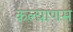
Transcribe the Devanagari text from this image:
कल्‍याणम